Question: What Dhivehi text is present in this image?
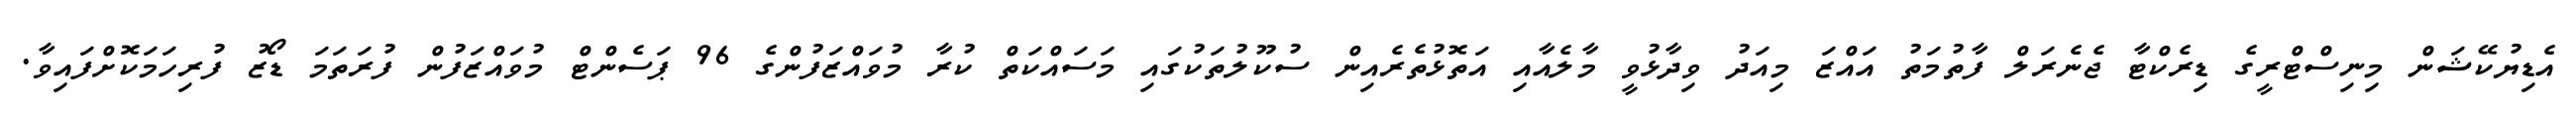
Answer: އެޑިޔުކޭޝަން މިނިސްޓްރީގެ ޑިރެކްޓާ ޖެނެރަލް ފާތުމަތު އައްޒަ މިއަދު ވިދާޅުވީ މާލެއާއި އަތޮޅުތެރެއިން ސުކޫލުތަކުގައި މަސައްކަތް ކުރާ މުވައްޒަފުންގެ 96 ޕަސެންޓް މުވައްޒަފުން ފުރަތަމަ ޑޯޒު ފުރިހަމަކޮށްފައިވާ.